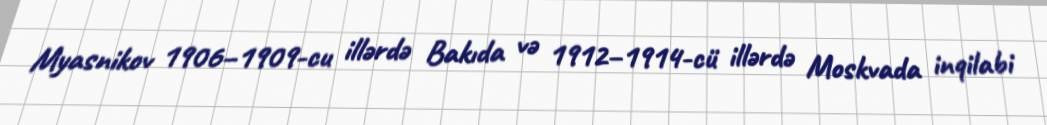
Myasnikov 1906–1909-cu illərdə Bakıda və 1912–1914-cü illərdə Moskvada inqilabi